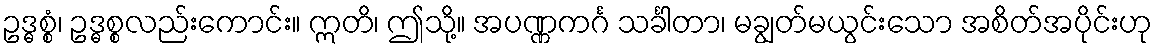
ဥဒ္ဓစ္စံ၊ ဥဒ္ဓစ္စလည်းကောင်း။ ဣတိ၊ ဤသို့။ အပဏ္ဏကင်္ဂ သင်္ခါတာ၊ မချွတ်မယွင်းသော အစိတ်အပိုင်းဟု